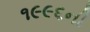
૧૯૯૬ની